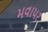
મવાપર